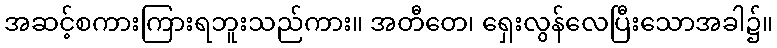
အဆင့်စကားကြားရဘူးသည်ကား။ အတီတေ၊ ရှေးလွန်လေပြီးသောအခါ၌။